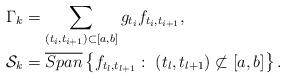
LaTeX: \begin{align*}\Gamma_k&=\sum_{(t_i,t_{i+1})\subset[a,b]}g_{t_i}f_{t_i,t_{i+1}},\\\mathcal{S}_k&=\overline{Span}\left\{f_{t_l,t_{l+1}}:\ {(t_l,t_{l+1})\not\subset [a,b]} \right\}.\end{align*}